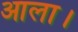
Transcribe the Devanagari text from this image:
आला।